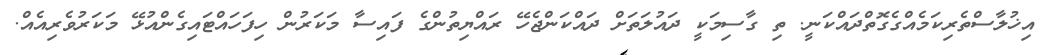
އިޚުލާސްތެރިކަމެއްގެގޮތްދައްކަނީ. ތި ގާސިމަކީ ދައުލަތަށް ދައްކަންޖެހޭ ރައްޔިތުންގެ ފައިސާ މަކަރުން ހިފަހައްޓައިގެންއުޅޭ މަކަރުވެރިއެއް.